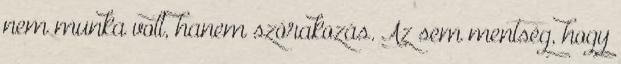
nem munka volt, hanem szórakozás. Az sem mentség, hogy